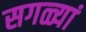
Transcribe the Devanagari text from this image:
सगळ्यां